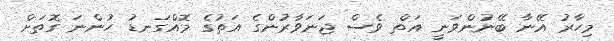
މިހާރު އޭނާ ބޭނުންވަނީ އަތް ވެސް ޖަނަވާރުންގެ އަތުގެ މޮއްގަނޑު ހުންނަ ގޮތަށް